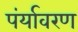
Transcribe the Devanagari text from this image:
पंर्यावरण